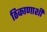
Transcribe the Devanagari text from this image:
ठिकाणाशी